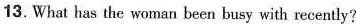
13.What has the woman been busy with recently?